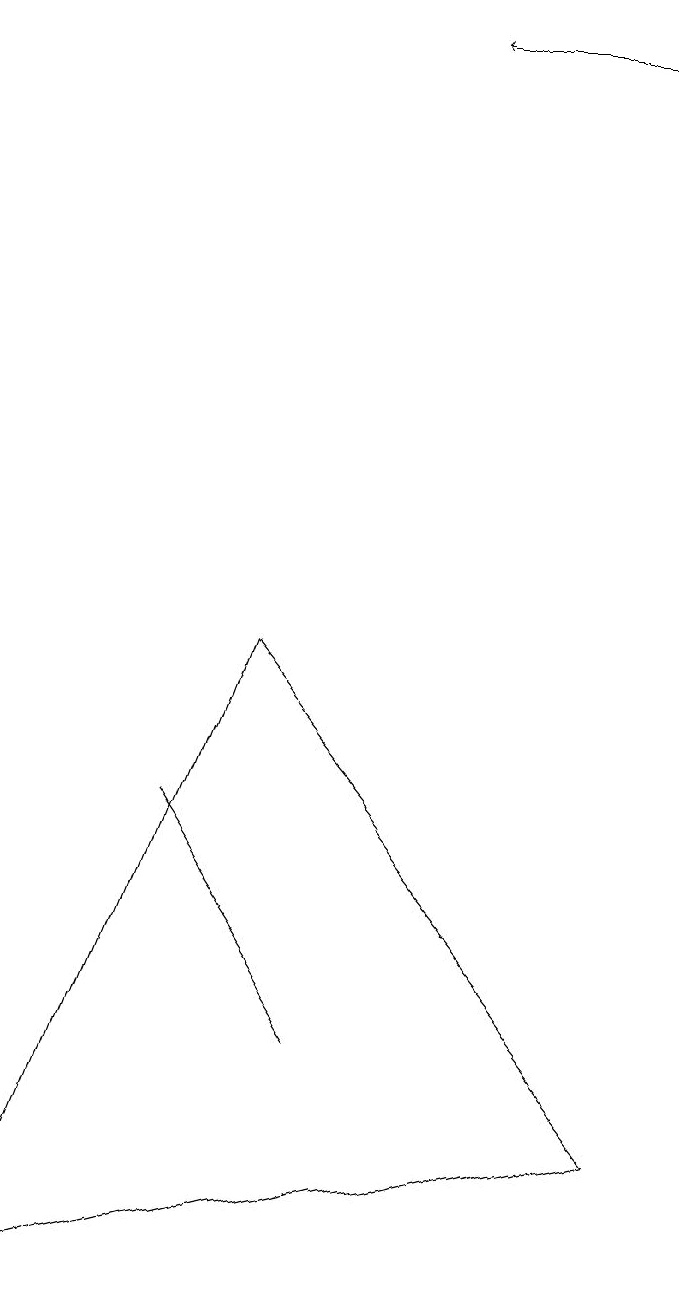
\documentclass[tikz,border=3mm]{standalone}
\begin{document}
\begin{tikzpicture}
\draw (8,3) -- (0,1) -- (3,9) -- cycle;
\draw[->] (8,17) -- (5,17);
\draw (2,7) -- (4,4) -- (4,4) -- cycle;
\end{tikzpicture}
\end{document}